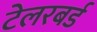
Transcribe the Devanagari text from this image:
टेलरबर्ड